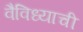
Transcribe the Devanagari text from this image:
वैविध्याची